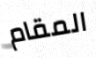
المقام